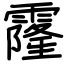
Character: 霳